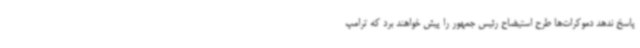
پاسخ ندهد دموکرات‌ها طرح استیضاح رئیس جمهور را پیش خواهند برد که ترامپ